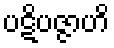
ပဋိပဇ္ဇာဟိ